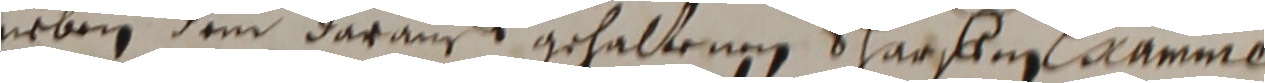
neben dem darauff gehaltenen scharffi aamme